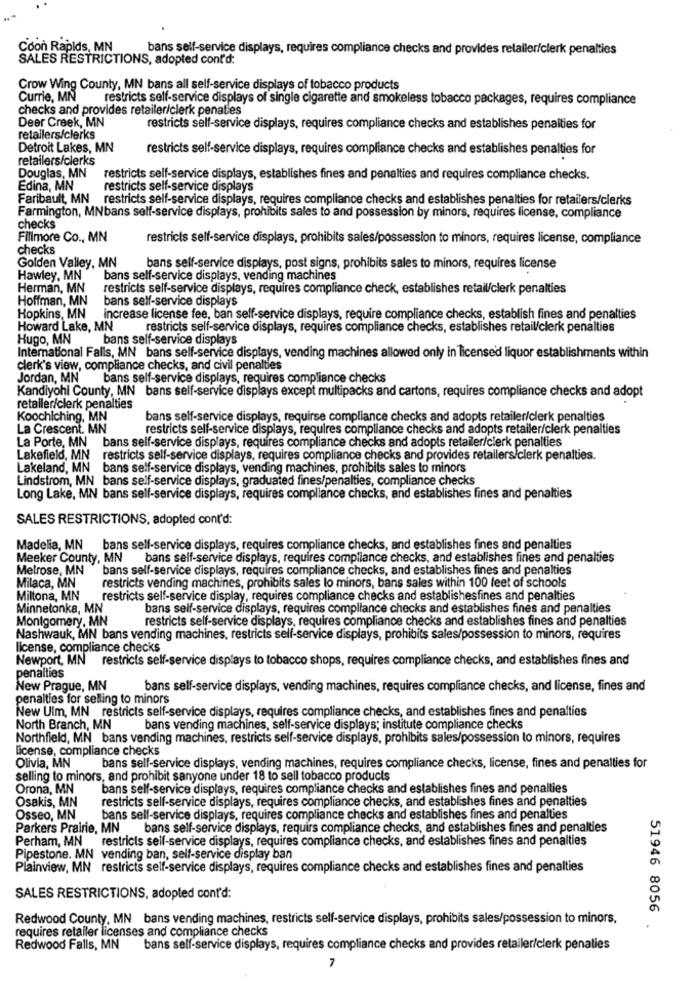
Coon Rapids, MN
bans self-service displays, requires compliance checks and provides retaller/clerk penalties
SALES RESTRICTIONS, adopted cont'd:
Crow Wing County, MN bans all self-service displays of tobacco products
Currie, MN
restricts self-service displays of single cigarette and smokeless tobacco packages, requires compliance
checks and provides retailer/clerk penaties
Deer Creek, MN
restricts self-service displays, requires compliance checks and establishes penalties for
retailers/clerks
Detroit Lakes, MN
restricts self-service displays, requires compliance checks and establishes penalties for
retailers/clerks
Douglas, MN
restricts self-service displays, establishes fines and penalties and requires compliance checks.
Edina, MN
restricts self-service displays
Faribault, MN restricts self-service displays, requires compliance checks and establishes penalties for retailers/clerks
Farmington, MNbans self-service displays, prohibits sales to and possession by minors, requires license, compliance
checks
Fillmore Co ., MN
restricts self-service displays, prohibits sales/possession to minors, requires license, compliance
checks
Golden Valley, MN
bans self-service displays, post signs, prohibits sales to minors, requires license
Hawley, MN
bans self-service displays, vending machines
Herman, MN
restricts self-service displays, requires compliance check, establishes retail/clerk penalties
Hoffman, MN
bans self-service displays
Hopkins, MN increase license fee, ban self-service displays, require compliance checks, establish fines and penalties
Howard Lake, MN
restricts self-service displays, requires compliance checks, establishes retail/clerk penalties
Hugo, MN
bans self-service displays
International Falls, MN bans self-service displays, vending machines allowed only in licensed liquor establishments within
clerk's view, compliance checks, and civil penalties
Jordan, MN'
bans self-service displays, requires compliance checks
Kandiyohi County, MN bans self-service displays except multipacks and cartons, requires compliance checks and adopt
retailer/clerk penalties
Koochiching, MN
bans self-service displays, requirse compliance checks and adopts retailer/clerk penalties
La Crescent. MN
restricts self-service displays, requires compliance checks and adopts retailer/clerk penalties
La Porte, MN bans self-service displays, requires compliance checks and adopts retailer/clerk penalties
Lakefield, MN restricts self-service displays, requires compliance checks and provides retailers/clerk penalties.
Lakeland, MN bans self-service displays, vending machines, prohibits sales to minors
Lindstrom, MN bans self-service displays, graduated fines/penalties, compliance checks
Long Lake, MN bans self-service displays, requires compliance checks, and establishes fines and penalties
SALES RESTRICTIONS, adopted cont'd:
Madelia, MN
bans self-service displays, requires compliance checks, and establishes fines and penalties
Meeker County, MN bans self-service displays, requires compliance checks, and establishes fines and penalties
Melrose, MN
"bans self-service displays, requires compliance checks, and establishes fines and penalties
restricts vending machines, prohibits sales to minors, bans sales within 100 feet of schools
Milaca, MN
Miltona, MN
restricts self-service display, requires compliance checks and establishesfines and penalties
Minnetonka, MN
bans self-service displays, requires compliance checks and establishes fines and penalties
Montgomery, MN
restricts self-service displays, requires compliance checks and establishes fines and penalties
Nashwauk, MN bans vending machines, restricts self-service displays, prohibits sales/possession to minors, requires
license, compliance checks
Newport, MN
restricts self-service displays to tobacco shops, requires compliance checks, and establishes fines and
penalties
New Prague, MN
bans self-service displays, vending machines, requires compliance checks, and license, fines and
penalties for selling to minors
New Ulm, MN restricts self-service displays, requires compliance checks, and establishes fines and penalties
North Branch, MN
bans vending machines, self-service displays; institute compliance checks
Northfield, MN bans vending machines, restricts self-service displays, prohibits sales/possession to minors, requires
license, compliance checks
Olivia, MN
bans self-service displays, vending machines, requires compliance checks, license, fines and penalties for
selling to minors, and prohibit sanyone under 18 to sell tobacco products
Orona, MN
bans self-service displays, requires compliance checks and establishes fines and penalties
Osakis, MN
restricts self-service displays, requires compliance checks, and establishes fines and penalties
Osseo, MN
bans self-service displays, requires compliance checks and establishes fines and penalties
Parkers Prairie, MN
bans self-service displays, requirs compliance checks, and establishes fines and penalties
Perham, MN restricts self-service displays, requires compliance checks, and establishes fines and penalties
Pipestone. MN vending ban, self-service display ban
Plainview, MN restricts self-service displays, requires compliance checks and establishes fines and penalties
SALES RESTRICTIONS, adopted cont'd:
51946 8056
Redwood County, MN bans vending machines, restricts self-service displays, prohibits sales/possession to minors,
requires retailer licenses and compliance checks
Redwood Falls, MN
bans self-service displays, requires compliance checks and provides retailer/clerk penaties
7